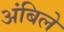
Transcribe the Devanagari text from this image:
अंबिले